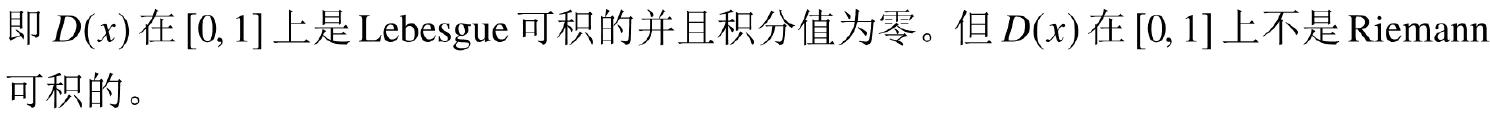
即 \(D(x)\) 在 \([0, 1]\) 上是Lebesgue可积的并且积分值为零。但 \(D(x)\) 在 \([0, 1]\) 上不是Riemann可积的。